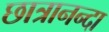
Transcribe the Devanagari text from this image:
छात्रानन्दा